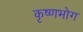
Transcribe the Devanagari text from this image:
कृष्णभोग